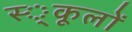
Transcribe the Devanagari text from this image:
स्‍्कूलों